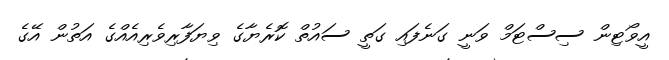
އީވޯޓިން ސިސްޓަމް ވަނީ ގަނެފައި ގަތީ ސައުތް ކޮރެޔާގެ ވިޔަފާރިވެރިއެއްގެ އަތުން އޭގެ